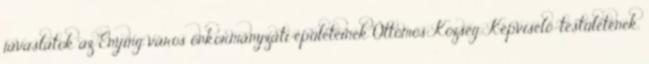
javaslatok az Enying város önkormányzati épületeinek Öttömös Község. Képviselő-testületének.